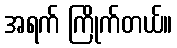
အရက် ကြိုက်တယ်။